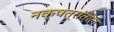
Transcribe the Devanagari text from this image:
नक्षत्रांतील